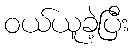
ဝယ်ယူခဲ့ပြီး